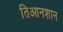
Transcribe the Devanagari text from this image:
तिआनशान